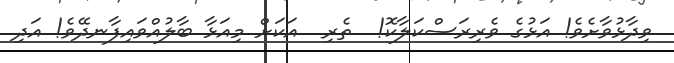
ވިދާޅުވާށެވެ! އަޅުގެ ވެރިރަސްކަލާކޮ!  ތެރި  އަކަށް މިއަޅާ ބާލުއްވައިފާނދޭވެ! އަދި